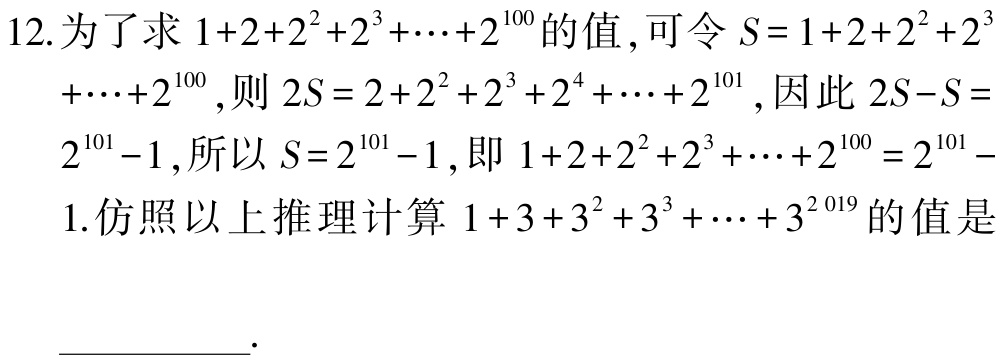
12. 为了求 \(1 + 2+2^{2}+2^{3}+\cdots+2^{100}\) 的值，可令 \(S = 1 + 2+2^{2}+2^{3}+\cdots+2^{100}\)，则 \(2S = 2 + 2^{2}+2^{3}+2^{4}+\cdots+2^{101}\)，因此 \(2S - S=2^{101}-1\)，所以 \(S = 2^{101}-1\)，即 \(1 + 2+2^{2}+2^{3}+\cdots+2^{100}=2^{101}-1\). 仿照以上推理计算 \(1 + 3+3^{2}+3^{3}+\cdots+3^{2019}\) 的值是  .